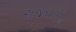
રાજધાનીૢ